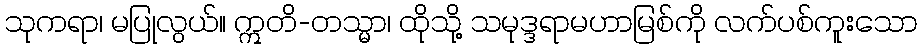
သုကရာ၊ မပြုလွယ်။ ဣတိ-တသ္မာ၊ ထိုသို့ သမုဒ္ဒရာမဟာမြစ်ကို လက်ပစ်ကူးသော